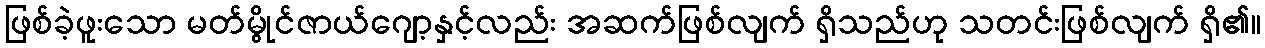
ဖြစ်ခဲ့ဖူးသော မတ်မွိုင်ဇာယ်ဂျော့နှင့်လည်း အဆက်ဖြစ်လျက် ရှိသည်ဟု သတင်းဖြစ်လျက် ရှိ၏။